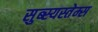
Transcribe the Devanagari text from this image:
सुब्स्यस्तेम्स